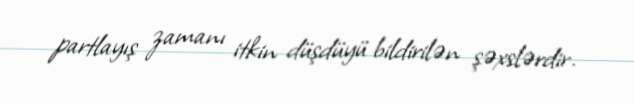
partlayış zamanı itkin düşdüyü bildirilən şəxslərdir.